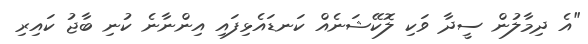
"އެ ދިމާލުން ސީދާ ވަކި ލޮކޭޝަނެއް ކަނޑައެޅިފައި އިންނާނެ ކުނި ބާޖު ކައިރި